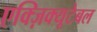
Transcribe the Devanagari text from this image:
एक्ज़िक्यूटेबल